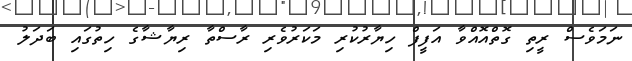
ނަމަވެސް ރީތި ގޮތްއޮއްވާ އަފީފް ހިޔާރުކުރި މަކަރުވެރި ރާސްތާ ރިޔާޝާގެ ހިތުގައި ބަދަލު